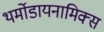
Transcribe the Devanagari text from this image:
थर्मोडायनामिक्‍स